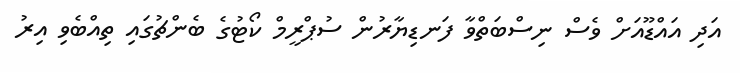
އަދި އައްޑޫއަށް ވެސް ނިސްބަތްވާ ފަނޑިޔާރުން ސުޕްރީމް ކޯޓުގެ ބެންޗުގައި ތިއްބެވި އިރު